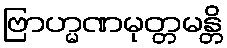
ဗြာဟ္မဏမုတ္တမန္တိ